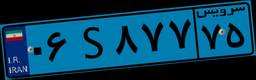
۰۶S۸۷۷۷۵